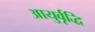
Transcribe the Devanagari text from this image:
आयुर्वृद्धि